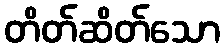
တိတ်ဆိတ်သော